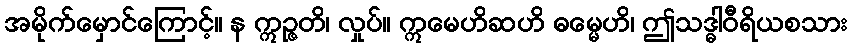
အမိုက်မှောင်ကြောင့်။ န ဣဉ္ဇတိ၊ လှုပ်။ ဣမေဟိဆဟိ ဓမ္မေဟိ၊ ဤသဒ္ဓါဝီရိယစသား